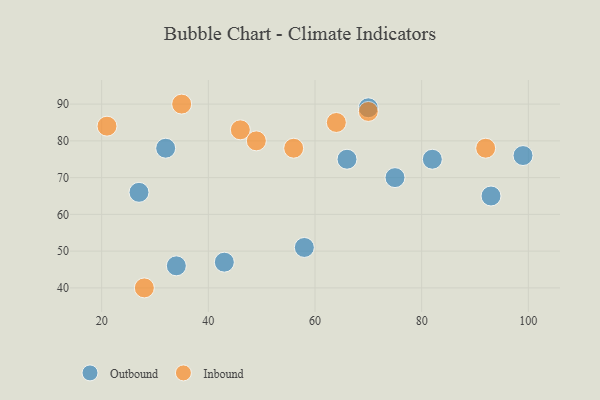
{"axis": {"x": "GDP", "y": "Life Expectancy"}, "legend": ["Inbound", "Outbound"], "data": [{"x": "66", "y": 75, "type": "Outbound"}, {"x": "99", "y": 76, "type": "Outbound"}, {"x": "70", "y": 89, "type": "Outbound"}, {"x": "34", "y": 46, "type": "Outbound"}, {"x": "93", "y": 65, "type": "Outbound"}, {"x": "58", "y": 51, "type": "Outbound"}, {"x": "27", "y": 66, "type": "Outbound"}, {"x": "32", "y": 78, "type": "Outbound"}, {"x": "75", "y": 70, "type": "Outbound"}, {"x": "82", "y": 75, "type": "Outbound"}, {"x": "43", "y": 47, "type": "Outbound"}, {"x": "46", "y": 83, "type": "Inbound"}, {"x": "70", "y": 88, "type": "Inbound"}, {"x": "35", "y": 90, "type": "Inbound"}, {"x": "28", "y": 40, "type": "Inbound"}, {"x": "92", "y": 78, "type": "Inbound"}, {"x": "64", "y": 85, "type": "Inbound"}, {"x": "49", "y": 80, "type": "Inbound"}, {"x": "56", "y": 78, "type": "Inbound"}, {"x": "21", "y": 84, "type": "Inbound"}]}